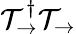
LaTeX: \mathcal{T}_{\rightarrow}^{\dagger}\mathcal{T}_{\rightarrow}